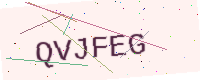
Text: QVJFEG